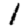
Digit: 1